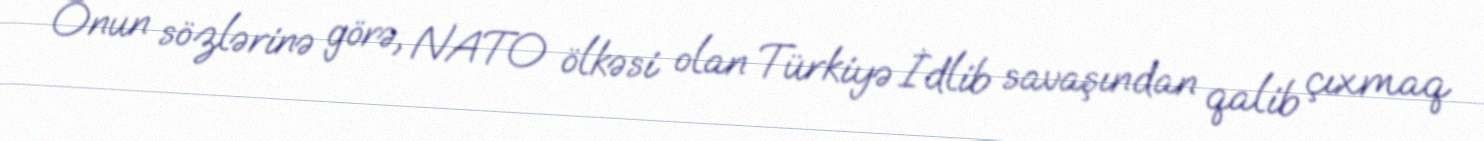
Onun sözlərinə görə, NATO ölkəsi olan Türkiyə İdlib savaşından qalib çıxmaq